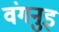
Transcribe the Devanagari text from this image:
वंगनुइ